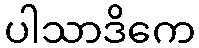
ပါသာဒိကေ